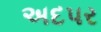
અદપર